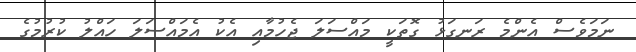
ނަމަވެސް އެންމެ ރަނގަޅު ގޮތަކީ މައްސަލަ ޖެހުމާއި އެކު އެމައްސަލަ ހައްލު ކުރުމުގެ